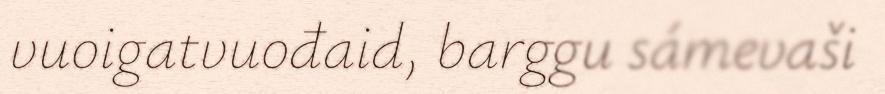
vuoigatvuođaid, barggu sámevaši